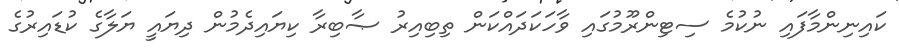
ކައިނިންމާފައި ނުކުމެ ސިޓިންރޫމުގައި ވާހަކަދައްކަން ތިބިއިރު ޞާބިރާ ކިޔައިދެމުން ދިޔައީ ޔަލާގެ ކުޑައިރުގެ